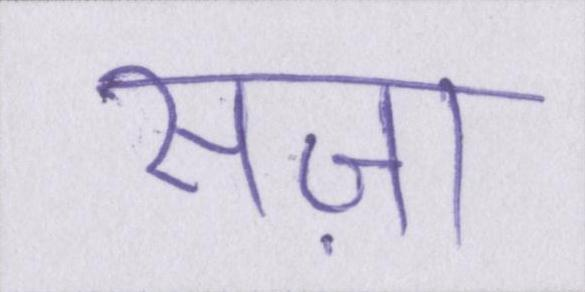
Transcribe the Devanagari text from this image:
सज़ा